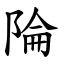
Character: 陯